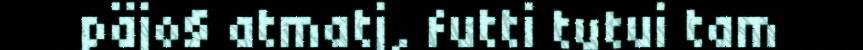
päjo§ atmatj, futti tutui tam